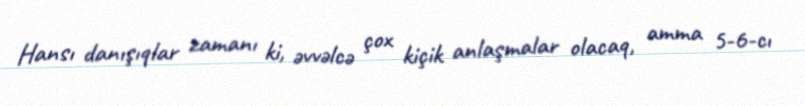
Hansı danışıqlar zamanı ki, əvvəlcə çox kiçik anlaşmalar olacaq, amma 5-6-cı